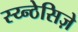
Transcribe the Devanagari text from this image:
स्य्न्ठेसिज़े